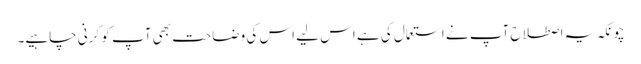
چونکہ یہ اصطلاح آپ نے استعمال کی ہے اس لیے اس کی وضاحت بھی آپ کو کرنی چاہیے۔